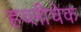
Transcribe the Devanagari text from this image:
हव्लीचेक